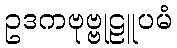
ဥဒကဗုဗ္ဗုဠူပမံ